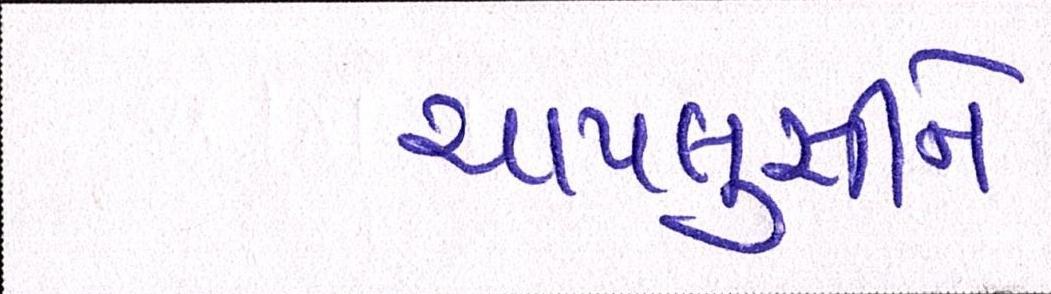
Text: ચાપલુસીને